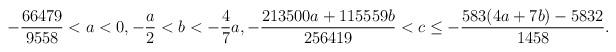
LaTeX: \begin{align*} -\frac{66479}{9558}<a<0, -\frac{a}{2}<b<-\frac{4}{7}a, -\frac{213500a+115559b}{256419}<c\leq -\frac{583(4a+7b)-5832}{1458}.\end{align*}